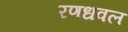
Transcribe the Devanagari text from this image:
रणधवल